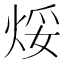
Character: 𪸯